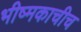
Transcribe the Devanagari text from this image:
भीष्मकाचीच